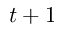
t + 1